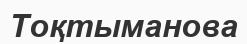
Тоқтыманова